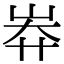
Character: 𡷓